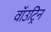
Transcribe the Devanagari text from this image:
वॉउट्रिन